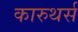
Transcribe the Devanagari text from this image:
कारुथर्स